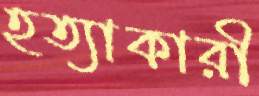
হত্যাকারী